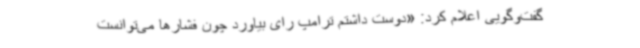
گفت‌وگویی اعلام کرد: «دوست داشتم ترامپ رای بیاورد چون فشارها می‌توانست